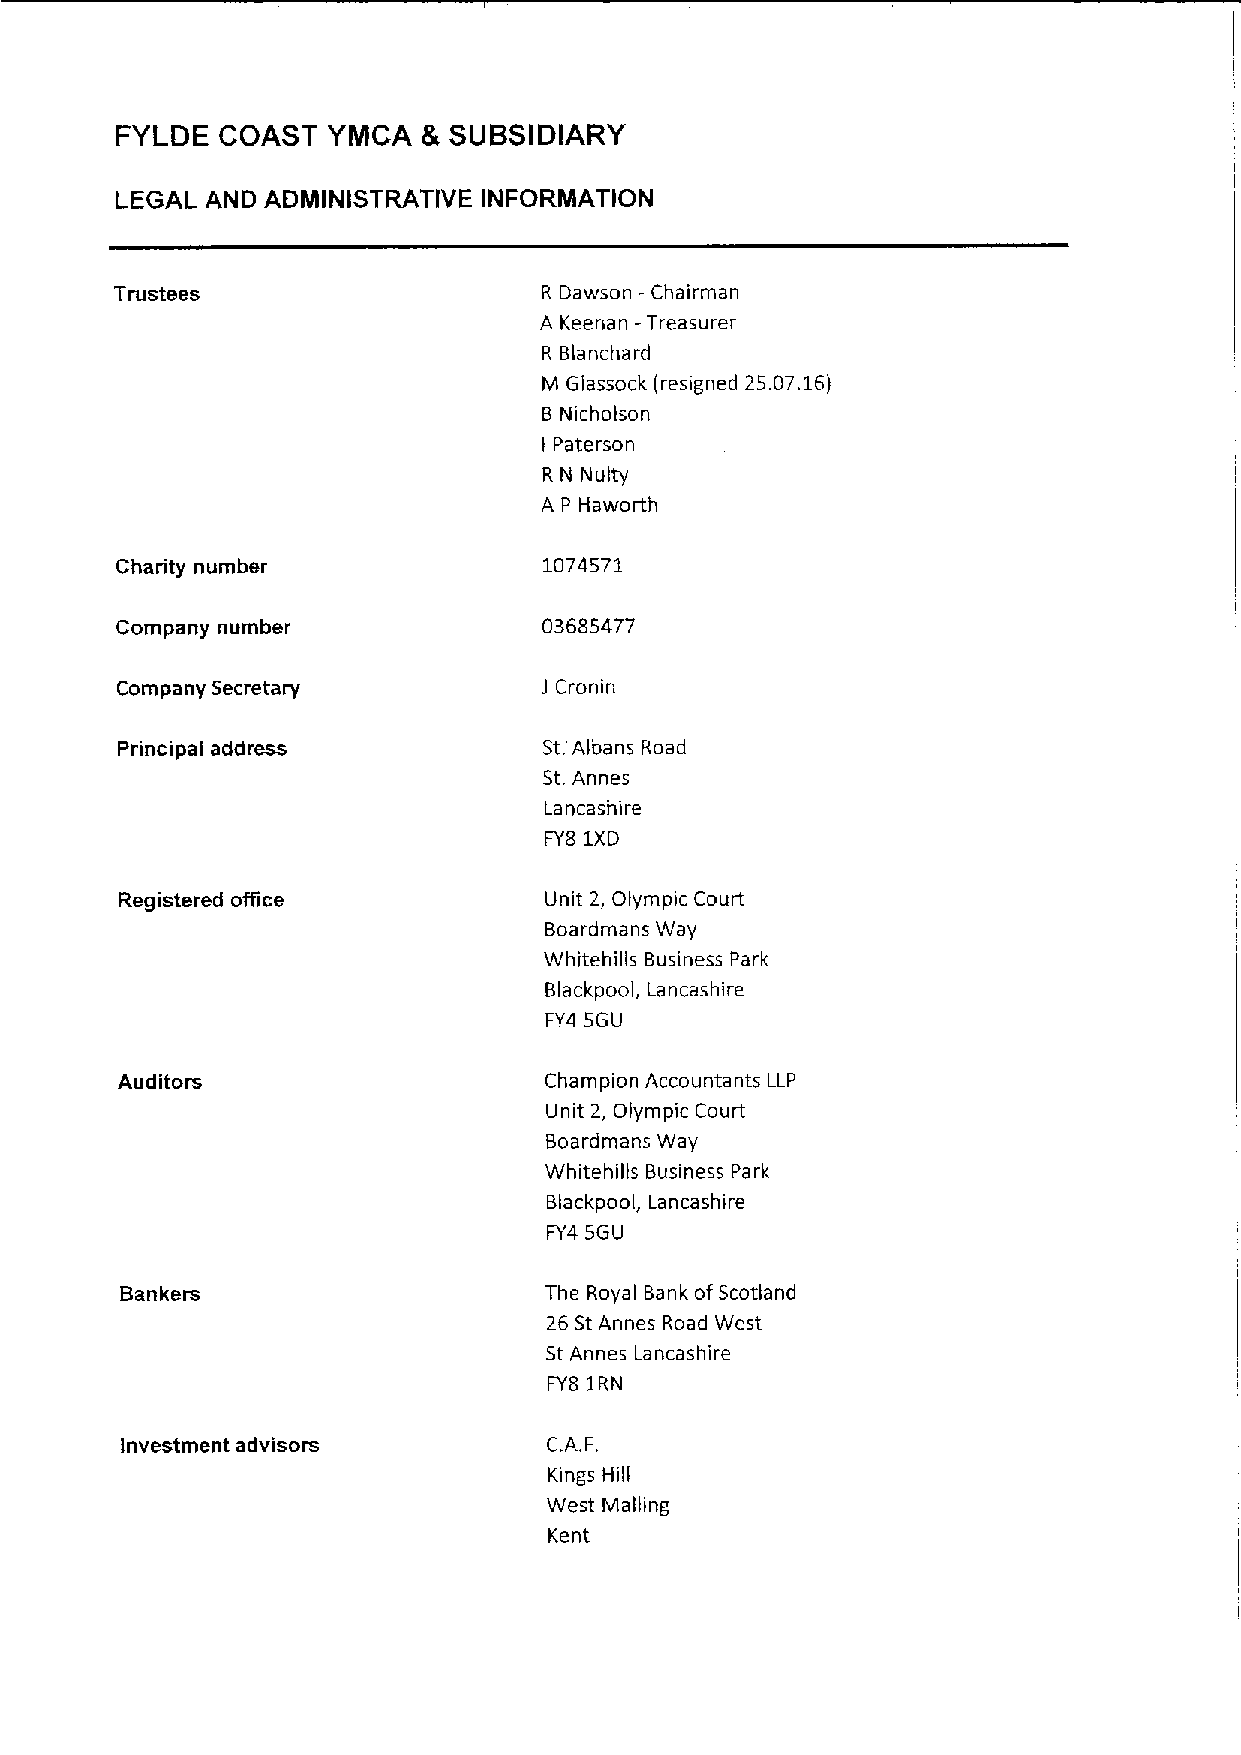
FYLDE COAST   YMCA  & SUBSIDIARY
 LEGAL AND ADMINISTRATIVE INFORMATION
 Trustees                    R Dawson - Chairman
 A Keenan —Treasurer
 R Blanchard
 M Glassock (resigned 25.07.16)
 8 Nicholson
 Paterson
 I
 R N Nulty
 A P Haworth
 Charity number              1074571
 Company number              03685477
 Company Secretary           J Cronin
 Principal address           St.Albans Road
 St.Annes
 Lancashire
 FY8 1XD
 Registered office           Unit 2, Olympic Court
 Boardmans Way
 Whitehilis Business Park
 Blackpool, Lancashire
 FY4 5GU
 Auditors                    Champion Accountants LLP
 Unit 2, Olympic Court
 Boardmans Way
 Whitehills Business Park
 Blackpool, Lancashire
 FY4 5GU
 Bankers                     The Royal Bank ofScotland
 26 St Annes Road West
 StAnnes Lancashire
 FY8 1RN
 investment advisors         C.A.F.
 Kings Hill
 West Mailing
 Kent